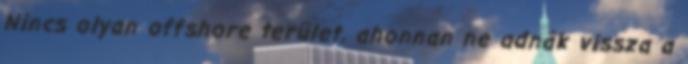
Nincs olyan offshore terület, ahonnan ne adnák vissza a